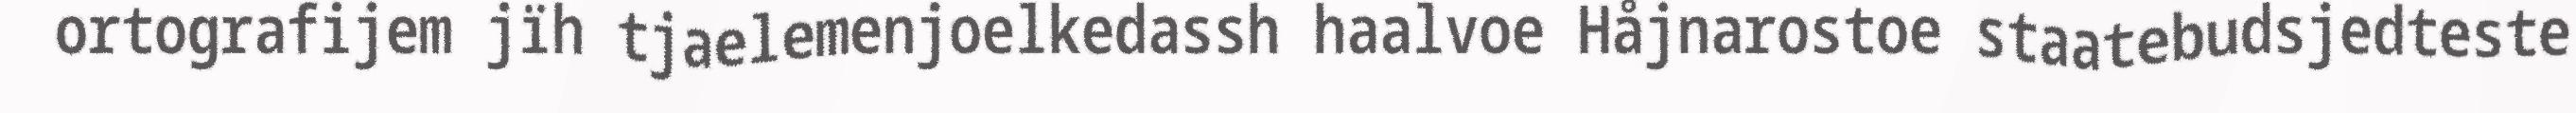
ortografijem jïh tjaelemenjoelkedassh haalvoe Håjnarostoe staatebudsjedteste